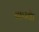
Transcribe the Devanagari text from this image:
चापके